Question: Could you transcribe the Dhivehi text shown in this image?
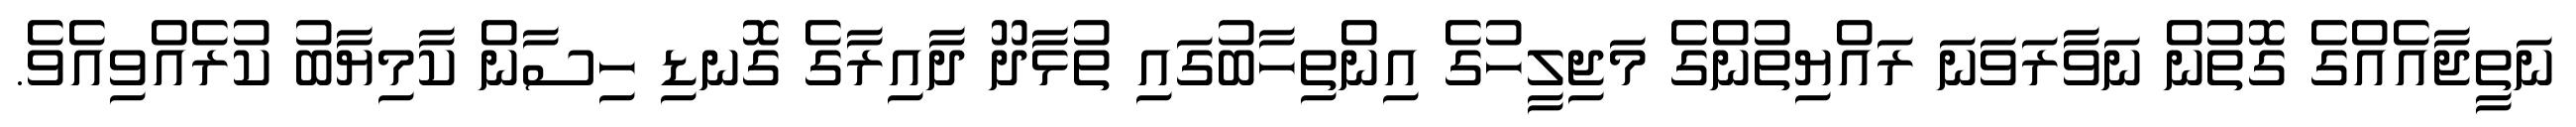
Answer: ނަތީޖާއެއްގެ ގޮތުން ނަވާރަވަނަ ރައްޔިތުންގެ މަޖިލީހުގެ އިންތިހާބުގައި ތުޅާދޫ ދާއިރާގެ ގޮނޑި ހިސާން ކާމިޔާބު ކުރެއްވިއެވެ.